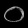
Digit: ၀